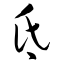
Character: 氐